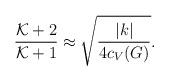
LaTeX: \begin{align*}{{\cal K}+2\over{\cal K}+1}\approx \sqrt{|k|\over4c_V(G)}.\end{align*}